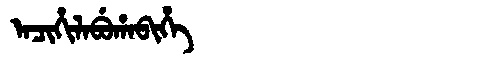
Manchu: ᠠᠴᡳᡥᡳᠯᠠᠪᡠᡥᠠᠪᡳᡥᡝ
Romanization: ACIHILABUHABIHE